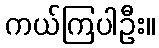
ကယ်ကြပါဦး။